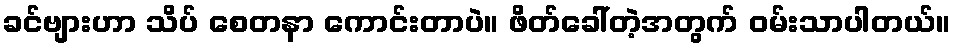
ခင်ဗျားဟာ သိပ် စေတနာ ကောင်းတာပဲ။ ဖိတ်ခေါ်တဲ့အတွက် ဝမ်းသာပါတယ်။